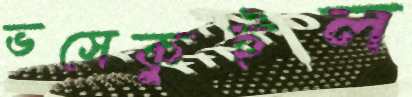
ভসেকুইল